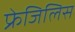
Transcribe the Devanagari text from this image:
फ्रेजिलिस